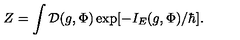
Z = \int { \cal D } ( g , \Phi ) \exp [ - I _ { E } ( g , \Phi ) / \hbar ] .